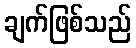
ချက်ဖြစ်သည်